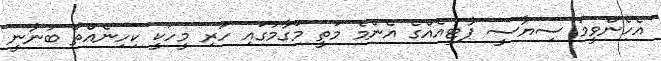
އެހެންވީމަ ސިޔާސީ ޕާޓީއެއްގެ އެންމެ މަތީ މަގާމުގައި ހުރި މީހަކީ ކިހިނެއްތޯ ބުނާނީ